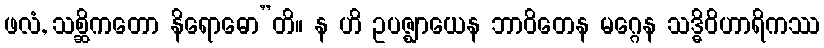
ဖလံ, သစ္ဆိကတော နိရောဓော”တိ။ န ဟိ ဥပဇ္ဈာယေန ဘာဝိတေန မဂ္ဂေန သဒ္ဓိဝိဟာရိကဿ